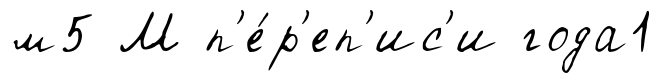
м5 М п'е́р'еп'ис'и года1